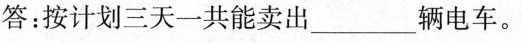
答：按计划三天一共能卖出___辆电车。